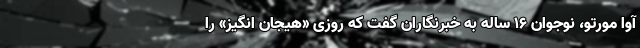
آوا مورتو، نوجوان ۱۶ ساله به خبرنگاران گفت که روزی «هیجان انگیز» را